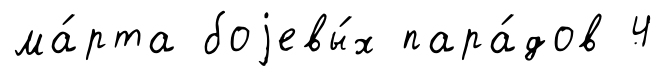
ма́рта боjевы́х пара́дов 4